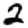
Digit: 2